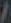
/